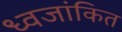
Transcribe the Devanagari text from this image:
ध्वजांकित